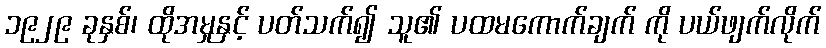
၁၉၂၉ ခုနှစ်၊ ထိုအမှုနှင့် ပတ်သက်၍ သူ၏ ပထမကောက်ချက် ကို ပယ်ဖျက်လိုက်